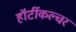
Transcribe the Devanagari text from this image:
हॉर्टीकल्चर